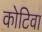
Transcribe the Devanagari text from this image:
कोटिवा